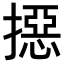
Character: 𢵣